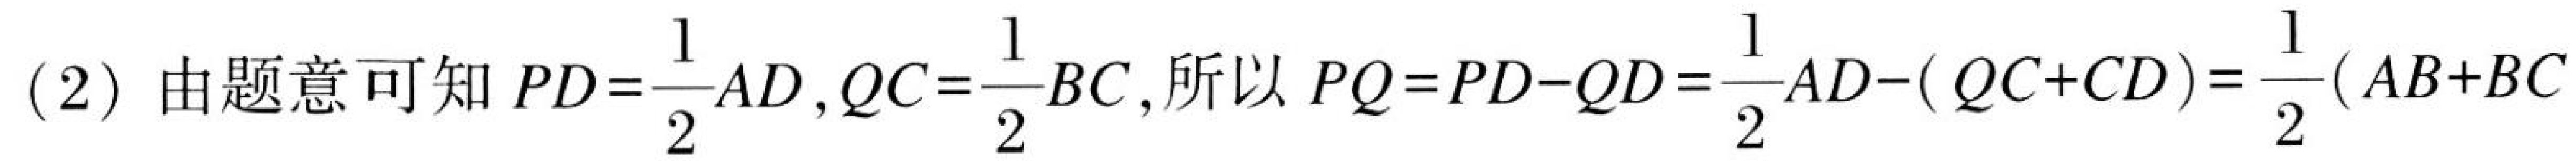
(2) 由题意可知 \(PD = \frac{1}{2}AD,QC=\frac{1}{2}BC,\) 所以 \(PQ = PD - QD=\frac{1}{2}AD-(QC + CD)=\frac{1}{2}(AB + BC\)